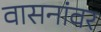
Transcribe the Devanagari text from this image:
वासनांवर